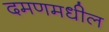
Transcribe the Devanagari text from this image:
दमणमधील